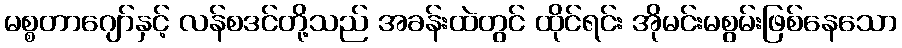
မစ္စတာဂျော်နှင့် လန်စဒင်တို့သည် အခန်းထဲတွင် ထိုင်ရင်း အိုမင်းမစွမ်းဖြစ်နေသော